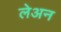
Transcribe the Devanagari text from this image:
लेअन